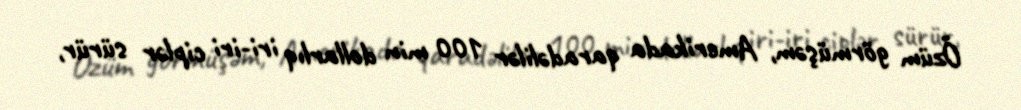
Özüm görmüşəm, Amerikada qaradəlilər 100 min dollarlıq iri-iri ciplər sürür,